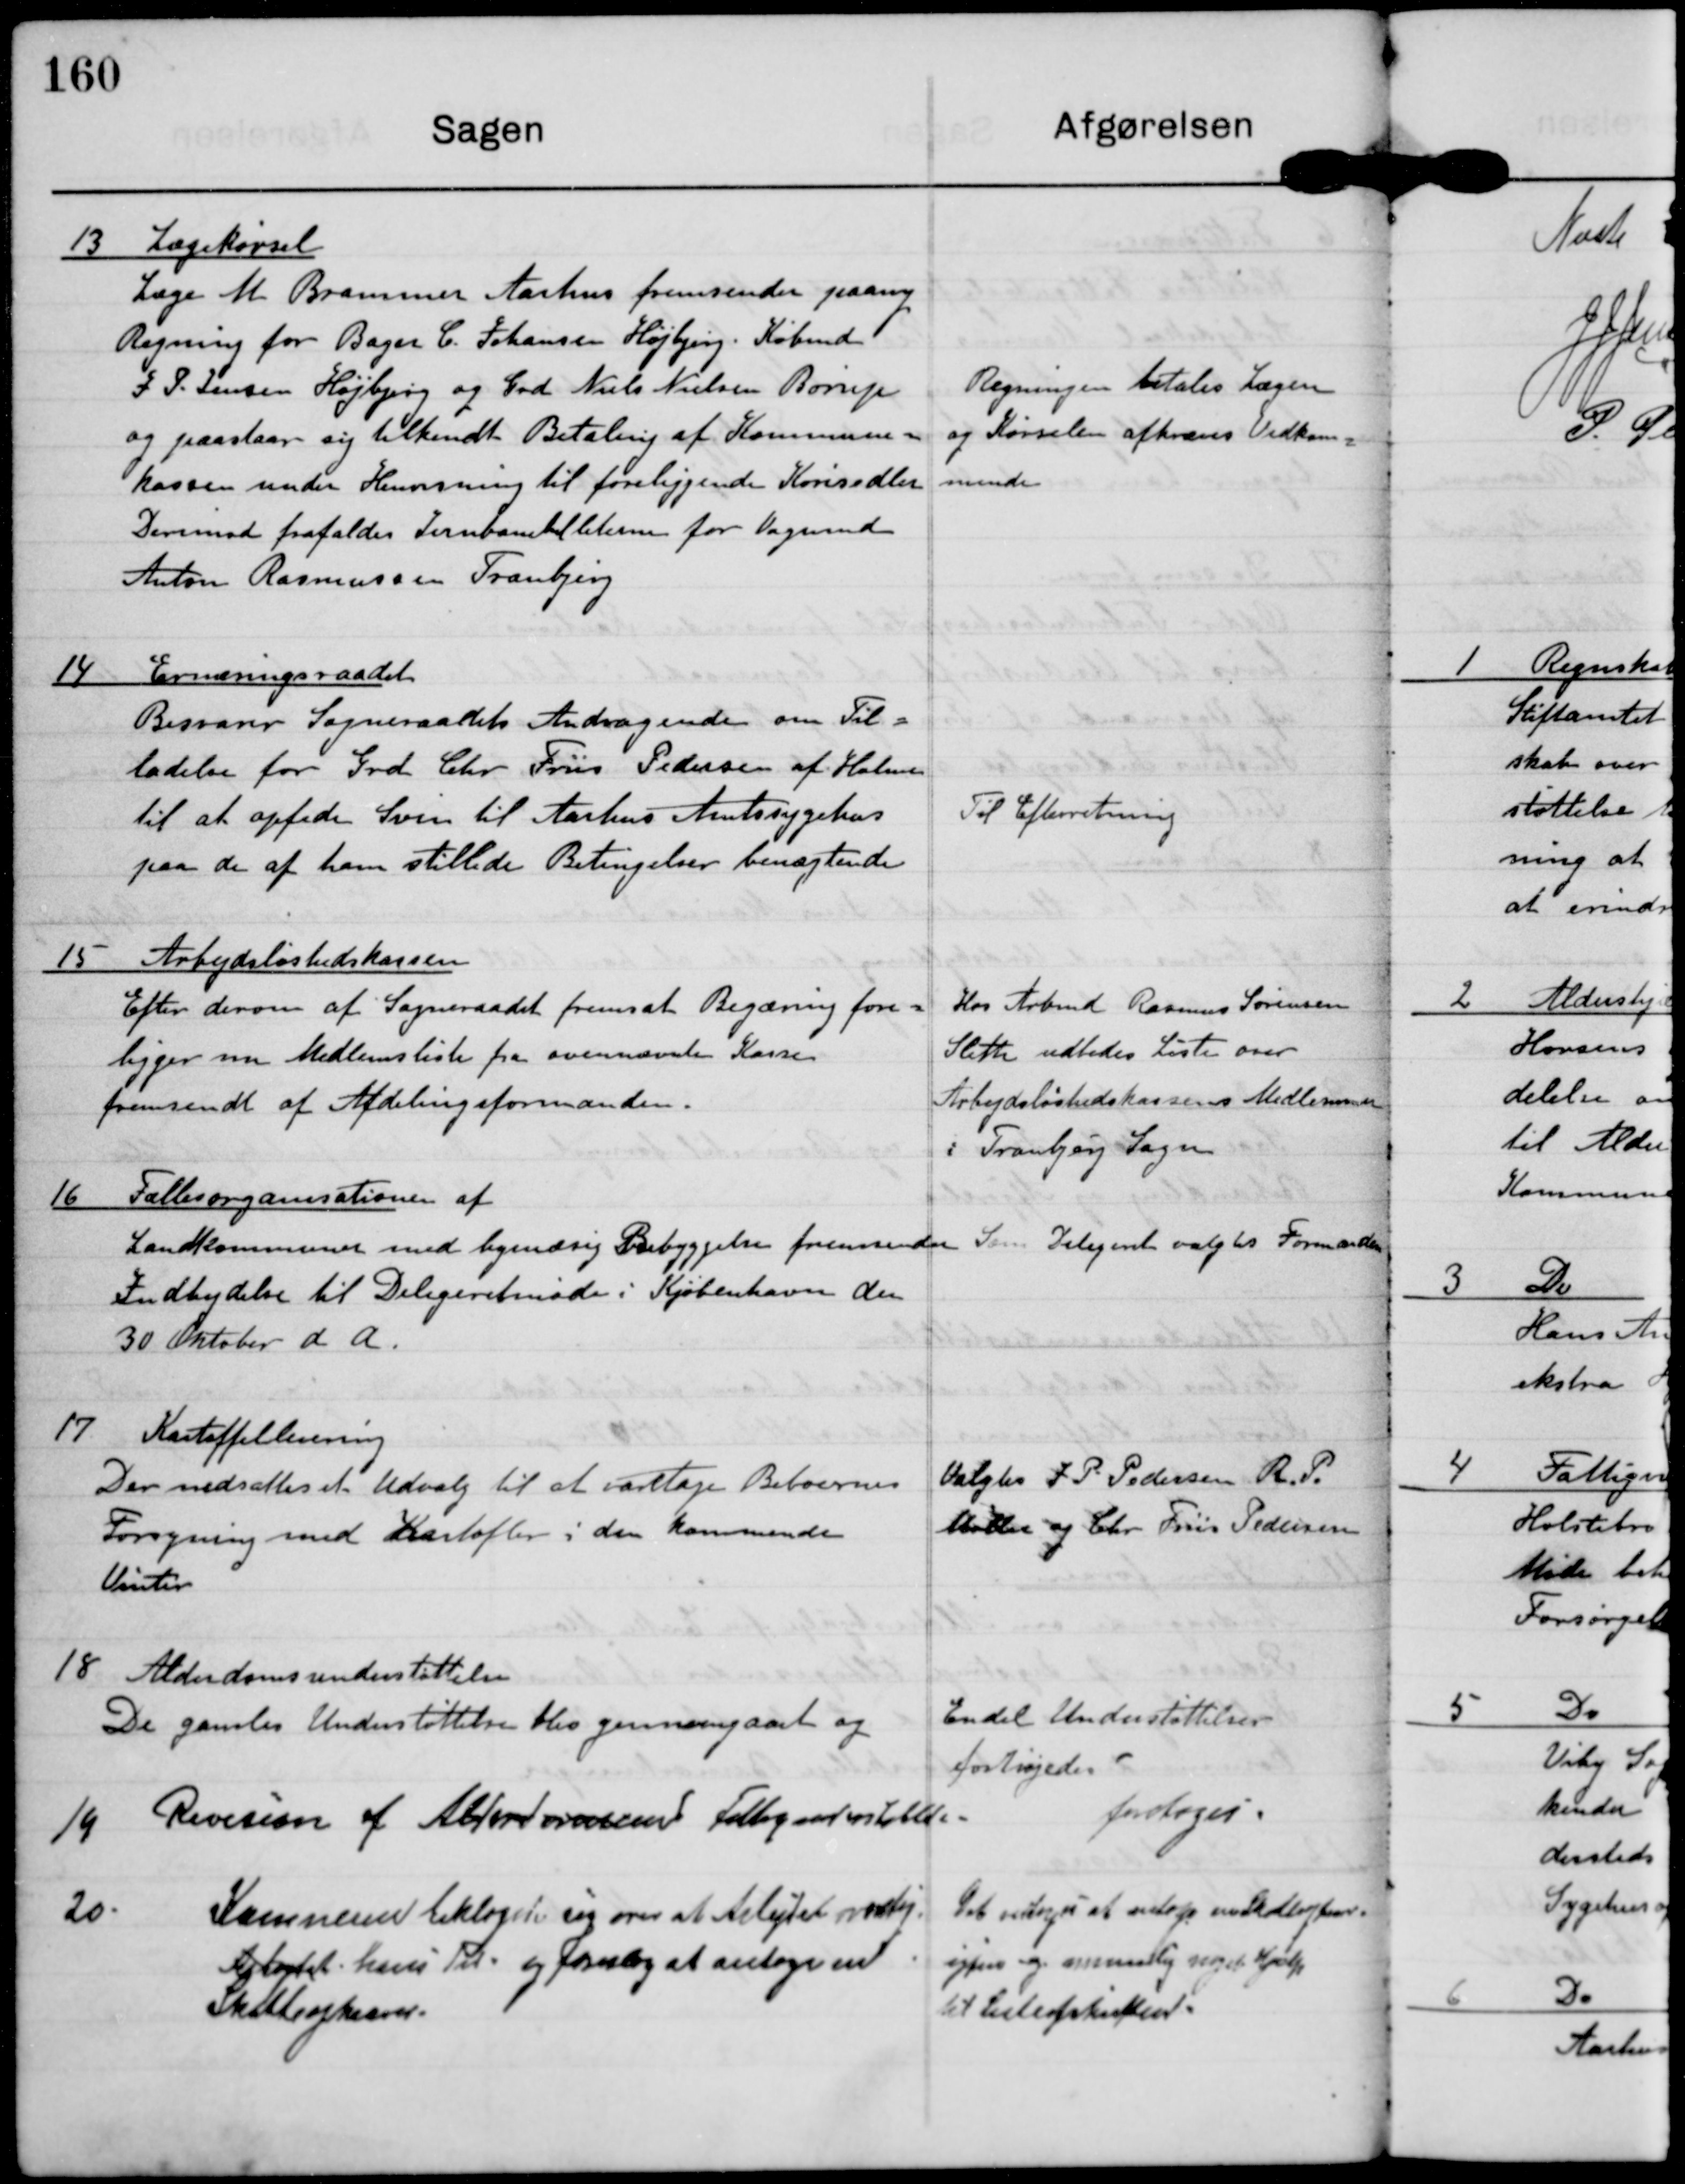
Transskription:
13 Lægekørsel
Lægen M Brammer Aarhus fremsender paany
Regning for Bager C. Johansen Højbjerg. Købmd
J. P. Jensen Højbjerg og Grd Niels Nielsen Børup
og paastaar sig tilkendt Betaling af Kommune-
kassen under Henvisning til foreliggende Køresedler.
Deriomod frafaldes Jernbanebilleterne for Vognmand
Anton Rasmussen Tranbjerg

Regningen betales. Lægen
og Kørselen afkræves Vedkom-
mende.

14 Ernæringsraadet
Besvarer Sogneraadets Andragende om Til-
ladelse for Grd Chr. Friis Pedersen af Holme
til at opfede Svin til Aarhus Amtssygehus
paa de af ham stillede Betingelser benægtedes.

Til Efterretning

15 Arbejdsløshedskassen
Efter derom af Sogneraadet fremsat Begæring fore-
ligger nu Medlemsliste fra ovennævnte Kasse
fremsendt af Afdelingsformanden.

Hos Arbmd Rasmus Sørensen
Sleth udbedes Liste over
Arbejdsløshedskassens Medlemmer
i Tranbjerg Sogn.

16 Fællesorganisationen af
Landkommuner med bymæssig Bebyggelse fremsender
Indbydelse til Delegeretmøde i Kjøbenhavn den
30 Oktober d.A.

Som Delegeret valgtes Formanden

17 Kartoffellevering
Der nedsættes et Udvalg til at varetage Beboernes
Forsyning med Kartofler i den kommende
Vinter

Valgtes J. P. Pedersen, R.P.
Møller og Chr. Friis Pedersen

18 Alderdomsunderstøttelse
De gamles Understøttelse blev gennemgaaet og

En del Understøttelse
forhøjedes

19 Revision af Aldersvæsenets Fattigunderstøttelse.

foretoges

20. Kæmneren beklager sig over at Arbejdet overstig
Arbejdet hans Tid og foreslog at antage en
Skatteopkræver.

Det vedtoges at netop ??
?        og om mulig noget Hjælp
til Listeafskriften.